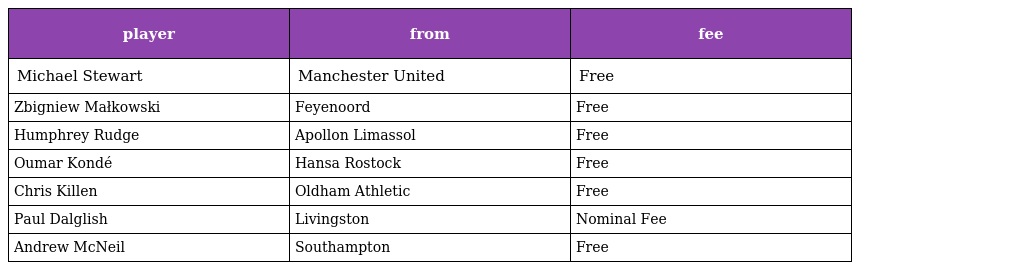
| player | from | fee |
 | --- | --- | --- |
 | Michael Stewart | Manchester United | Free |
 | Zbigniew Małkowski | Feyenoord | Free |
 | Humphrey Rudge | Apollon Limassol | Free |
 | Oumar Kondé | Hansa Rostock | Free |
 | Chris Killen | Oldham Athletic | Free |
 | Paul Dalglish | Livingston | Nominal Fee |
 | Andrew McNeil | Southampton | Free |